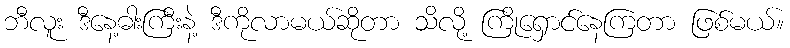
ဘီလူး ဒီနေ့ဓါးကြီးနဲ့ ဒီကိုလာမယ်ဆိုတာ သိလို့ ကြိုရှောင်နေကြတာ ဖြစ်မယ်။